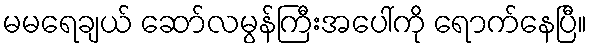
မမရေချယ် ဆော်လမွန်ကြီးအပေါ်ကို ရောက်နေပြီ။